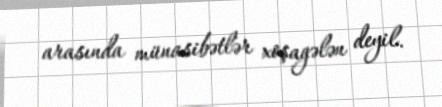
arasında münasibətlər xoşagələn deyil.